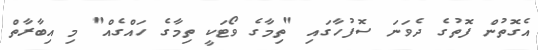
އެގޮތުން ފޮތުގެ ދެވަނަ ސޮފުހާގައި "ތިމާގެ ވޯޓަކީ ތިމާގެ ހައްގެއް" މި އިބާރާތް